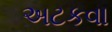
અટકવા